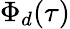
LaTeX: \Phi_{d}(\tau)